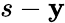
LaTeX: s-\mathbf{y}